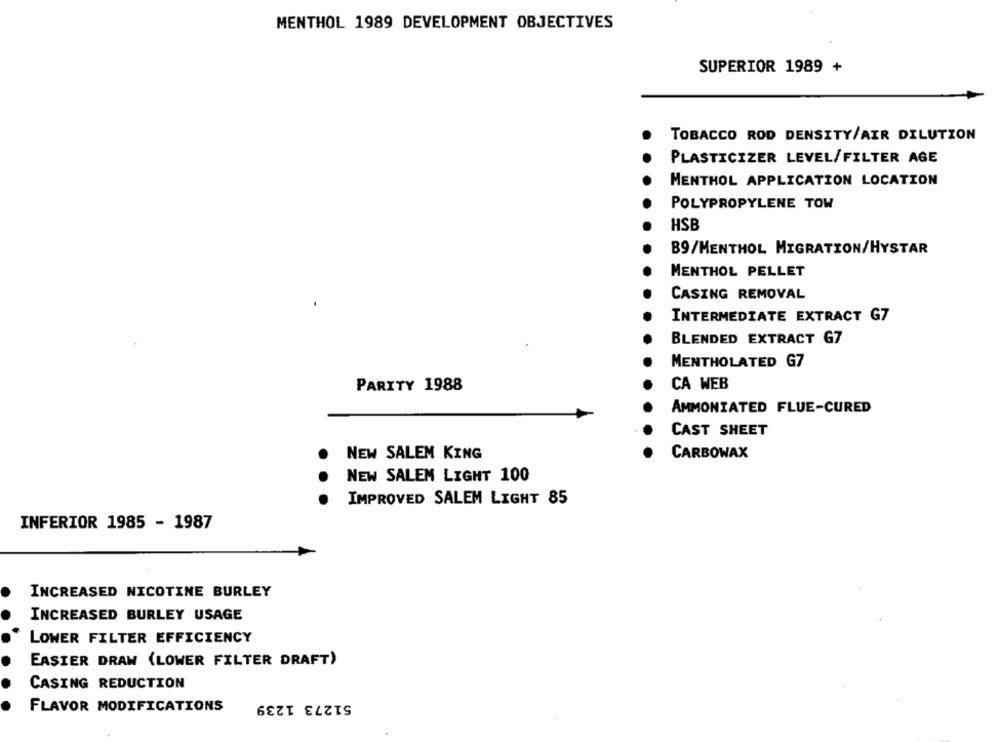
MENTHOL 1989 DEVELOPMENT OBJECTIVES
SUPERIOR 1989 +
TOBACCO ROD DENSITY/AIR DILUTION
PLASTICIZER LEVEL/FILTER AGE
MENTHOL APPLICATION LOCATION
POLYPROPYLENE TOW
HSB
B9/MENTHOL MIGRATION/HYSTAR
MENTHOL PELLET
CASING REMOVAL
INTERMEDIATE EXTRACT G7
BLENDED EXTRACT G7
MENTHOLATED G7
CA WEB
PARITY 1988
AMMONIATED FLUE-CURED
CAST SHEET
NEW SALEM KING
CARBOWAX
NEW SALEM LIGHT 100
IMPROVED SALEM LIGHT 85
INFERIOR 1985 - 1987
INCREASED NICOTINE BURLEY
INCREASED BURLEY USAGE
LOWER FILTER EFFICIENCY
EASIER DRAW (LOWER FILTER DRAFT)
CASING REDUCTION
51273 1239
FLAVOR MODIFICATIONS